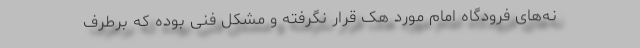
نه‌های فرودگاه امام مورد هک قرار نگرفته‌ و مشکل فنی بوده‌ که برطرف